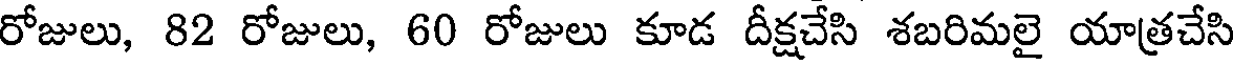
రోజులు, 82 రోజులు, 60 రోజులు కూడ దీక్షచేసి శబరిమలై యాత్రచేసి